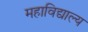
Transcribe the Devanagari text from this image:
महाविद्याल्य